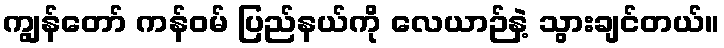
ကျွန်တော် ကန်ဝမ် ပြည်နယ်ကို လေယာဉ်နဲ့ သွားချင်တယ်။